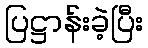
ပြဋ္ဌာန်းခဲ့ပြီး